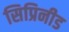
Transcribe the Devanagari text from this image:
सिप्रिनीड